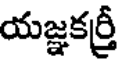
యజ్ఞకర్రీ